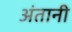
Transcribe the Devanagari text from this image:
अंतानी